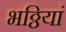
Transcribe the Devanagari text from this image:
भठ्ठियां